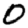
Digit: 0